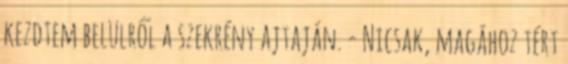
kezdtem belülről a szekrény ajtaján. - Nicsak, magához tért